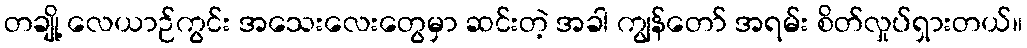
တချို့ လေယာဉ်ကွင်း အသေးလေးတွေမှာ ဆင်းတဲ့ အခါ ကျွန်တော် အရမ်း စိတ်လှုပ်ရှားတယ်။